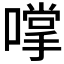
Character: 𫫮